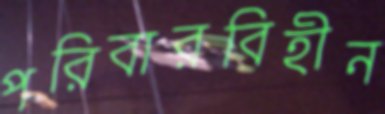
পরিবারবিহীন